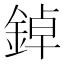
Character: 鋽